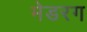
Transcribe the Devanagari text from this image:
मेडरग